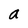
Character: a